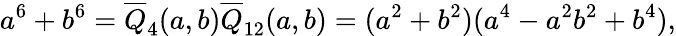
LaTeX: a^{6}+b^{6}={\overline{{Q}}}_{4}(a,b){\overline{{Q}}}_{12}(a,b)=(a^{2}+b^{2})(a^{4}-a^{2}b^{2}+b^{4}),